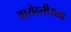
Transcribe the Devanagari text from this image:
आरोहनीयता